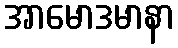
အာမောဒမာနာ